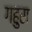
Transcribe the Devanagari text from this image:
गहुरा